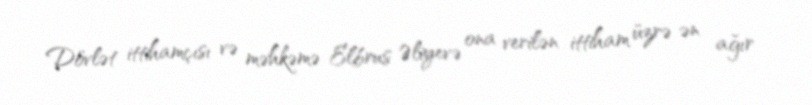
Dövlət ittihamçısı və məhkəmə Elbrus Əliyevə ona verilən ittiham üzrə ən ağır